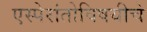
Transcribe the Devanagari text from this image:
एस्पेरांतोविषयीचे